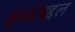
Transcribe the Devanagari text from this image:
कुत्र्यांबद्दल